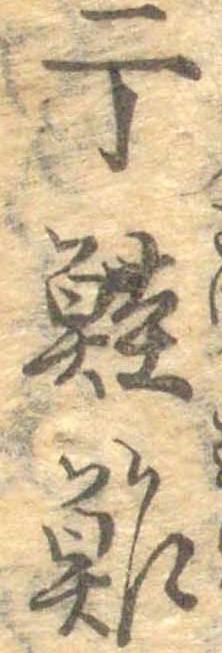
于鮭鮓